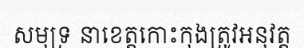
សមុទ្រ នាខេត្តកោះកុងត្រូវអនុវត្ត